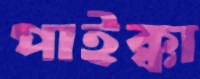
পাইক্কা